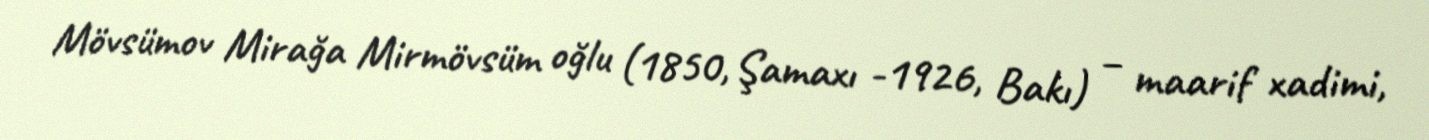
Mövsümov Mirağa Mirmövsüm oğlu (1850, Şamaxı -1926, Bakı) – maarif xadimi,